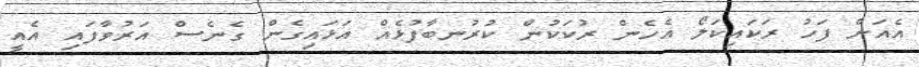
އެއަށް ފަހު ރަކައިކަލޯ އެހެން ރުކަކުން ކުރުނބާފުޅެއް އަޅައިގެން ގެނެސް އަރުވާފައި އެއީ